Report of cholera committee
Disease focus: Cholera
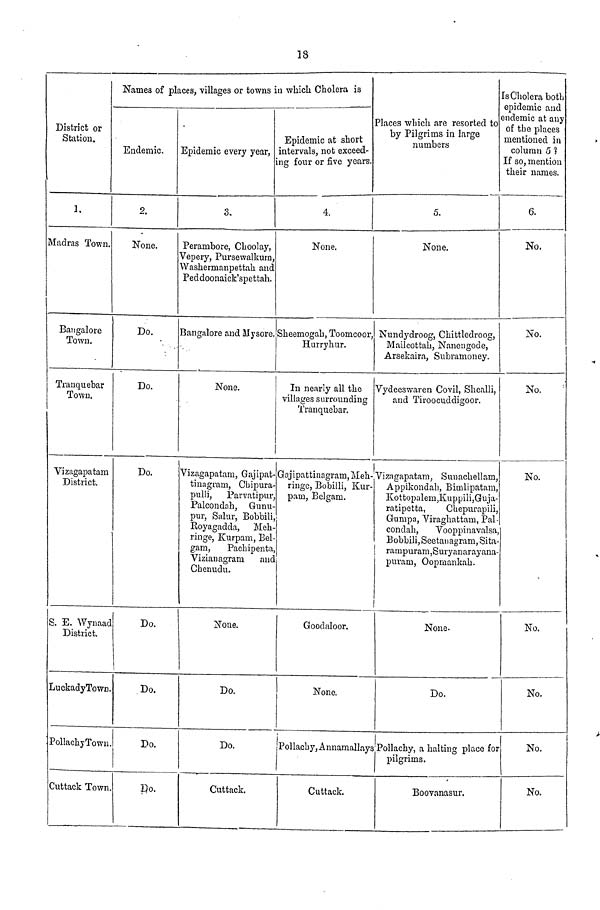
18
District or
Station.
1.
Madras Town.
Bangalore
Town.
Tranquebar
Town.
Vizagapatam
District.
S. E. Wynaad
District.
LuckadyTown
PollachyTown
Cuttack Town
Names of places, villages or towns it in which. Cholera is
Endemic,
2.
None.
Do.
Do.
Do.
Do.
Do.
Do.
Do.
Epidemic every year,
i
3.
Perambore, Choolay,
Vepery, Pursewalkum,
Washermanpettab. and
Peddoonaick'spettah.
Bangalore and Mysore.
None.
Vizagapatam, Gajipat-
tinagram, Chipura-
pulli, Parvatipur,
Palcondah, Gunu-
pur, Salur, Bobbili,
Royagadda, Meh-
ringe, Kurpam, Bel-
gam,
Pachipenta,
Vizianagrani and
Chenudu.
None.
Do.
Do.
Cuttack.
I
Epidemic at short
intervals, not exceed-
ng four or five years.
4.
None.
Sheemogah, Toomcoor,
Hurryhur.
In nearly all the
villages surrounding
Tranquebar.
Gajipattinagram,Meh-
ringe, Bobilli, Kur-
pam, Belgam.
Goodaloor.
None.
Places which are resorted to
by Pilgrims in large
numbers
5.
None.
Nundydroog, Chittledroog,
Mailcottah, Nanengode,
Arsekaira, Subramoney.
Vydeeswaren Covil, Shealli,
and Tiroocuddigoor.
Vizagapatam, Sunachellam
Appikondah, Bimlipatam
Kottopalem, Kuppili,Guja
ratipetta,
Chepurapili
Gumpa, Viraghattam, Pal
condah, Vooppinavalsa,
Bobbili, Seetanagram, Sita-
rampuram,Suryanarayana
puram, Oopmankah.
None.
Do.
Pollachy, Annamallay Pollachy, a halting place for
Cuttack.
pilgrims.
Boovanasur.
Is Cholera both
epidemic and
endemic at any
of the places
mentioned in
column 53
If so, mention
their names.
6.
No.
No.
No.
No.
-
-
No.
No.
No.
No.